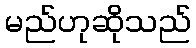
မည်ဟုဆိုသည်